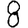
Digit: 8